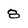
Character: 8